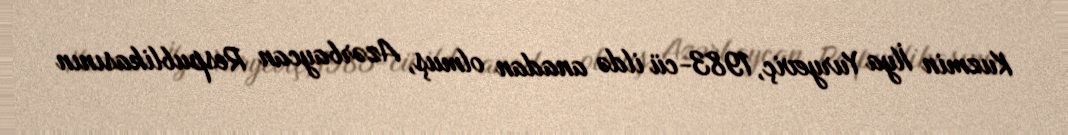
Kuzmin İlya Yuryeviç, 1983-cü ildə anadan olmuş, Azərbaycan Respublikasının